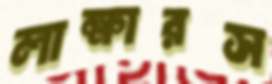
লাক্ষারস